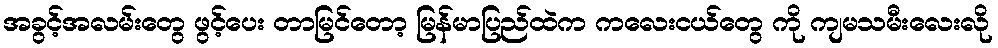
အခွင့်အလမ်းတွေ ဖွင့်ပေး တာမြင်တော့ မြန်မာပြည်ထဲက ကလေးငယ်တွေ ကို ကျမသမီးလေးလို